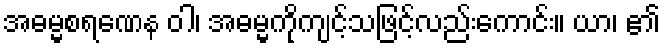
အဓမ္မစရဏေန ဝါ၊ အဓမ္မကိုကျင့်သဖြင့်လည်းကောင်း။ ယာ၊ ၏